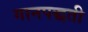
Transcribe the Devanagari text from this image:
गानपद्धती